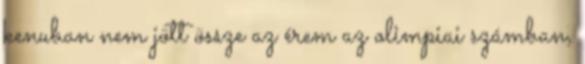
kenuban nem jött össze az érem az olimpiai számban,